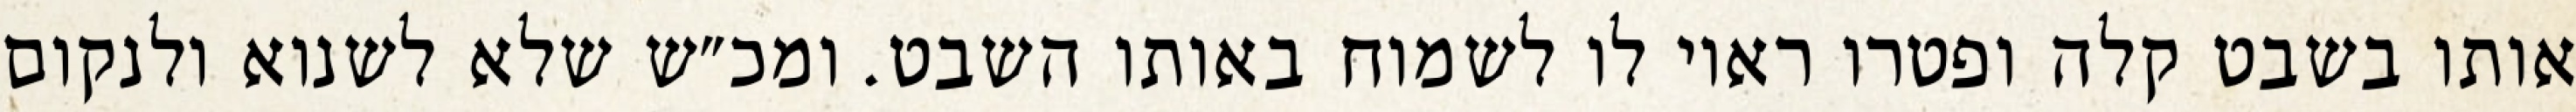
אותו בשבט קלה ופטרו ראוי לו לשמוח באותו השבט. ומכ״ש שלא לשנוא ולנקום